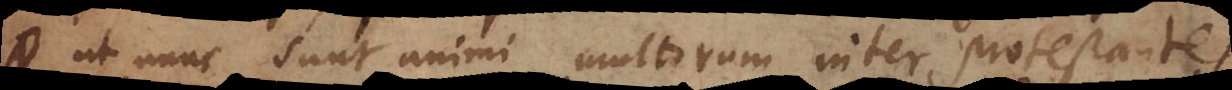
ut nunc sunt animi multorum inter Protestantes